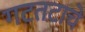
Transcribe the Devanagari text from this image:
गटतटाचे